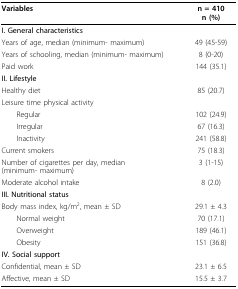
<table><thead><tr><td><b>Variables</b></td><td><b>n = 410n (%)</b></td></tr></thead><tbody><tr><td><b>I. General characteristics</b></td><td></td></tr><tr><td>Years of age, median (minimum- maximum)</td><td>49 (45-59)</td></tr><tr><td>Years of schooling, median (minimum- maximum)</td><td>8 (0-20)</td></tr><tr><td>Paid work</td><td>144 (35.1)</td></tr><tr><td><b>II. Lifestyle</b></td><td></td></tr><tr><td>Healthy diet</td><td>85 (20.7)</td></tr><tr><td>Leisure time physical activity</td><td></td></tr><tr><td> Regular</td><td>102 (24.9)</td></tr><tr><td> Irregular</td><td>67 (16.3)</td></tr><tr><td> Inactivity</td><td>241 (58.8)</td></tr><tr><td>Current smokers</td><td>75 (18.3)</td></tr><tr><td>Number of cigarettes per day, median (minimum- maximum)</td><td>3 (1-15)</td></tr><tr><td>Moderate alcohol intake</td><td>8 (2.0)</td></tr><tr><td><b>III. Nutritional status</b></td><td></td></tr><tr><td>Body mass index, kg/m<sup>2</sup>, mean ± SD</td><td>29.1 ± 4.3</td></tr><tr><td> Normal weight</td><td>70 (17.1)</td></tr><tr><td> Overweight</td><td>189 (46.1)</td></tr><tr><td> Obesity</td><td>151 (36.8)</td></tr><tr><td><b>IV. Social support</b></td><td></td></tr><tr><td>Confidential, mean ± SD</td><td>23.1 ± 6.5</td></tr><tr><td>Affective, mean ± SD</td><td>15.5 ± 3.7</td></tr></tbody></table>